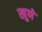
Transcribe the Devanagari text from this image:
खूणे